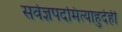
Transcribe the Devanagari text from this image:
सर्वज्ञपदमित्याहुर्देही